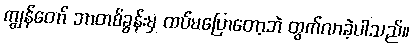
ကျွန်တော် ဘာတစ်ခွန်းမှ ထပ်မပြောတော့ဘဲ ထွက်လာခဲ့ပါသည်။